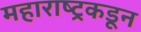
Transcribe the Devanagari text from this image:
महाराष्ट्रकडून